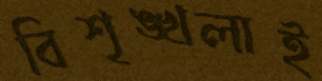
বিশৃঙ্খলাই